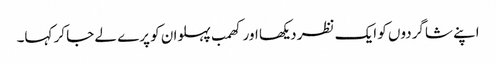
اپنے شاگردوں کو ایک نظر دیکھا اور کھمب پہلوان کو پرے لے جا کر کہا۔